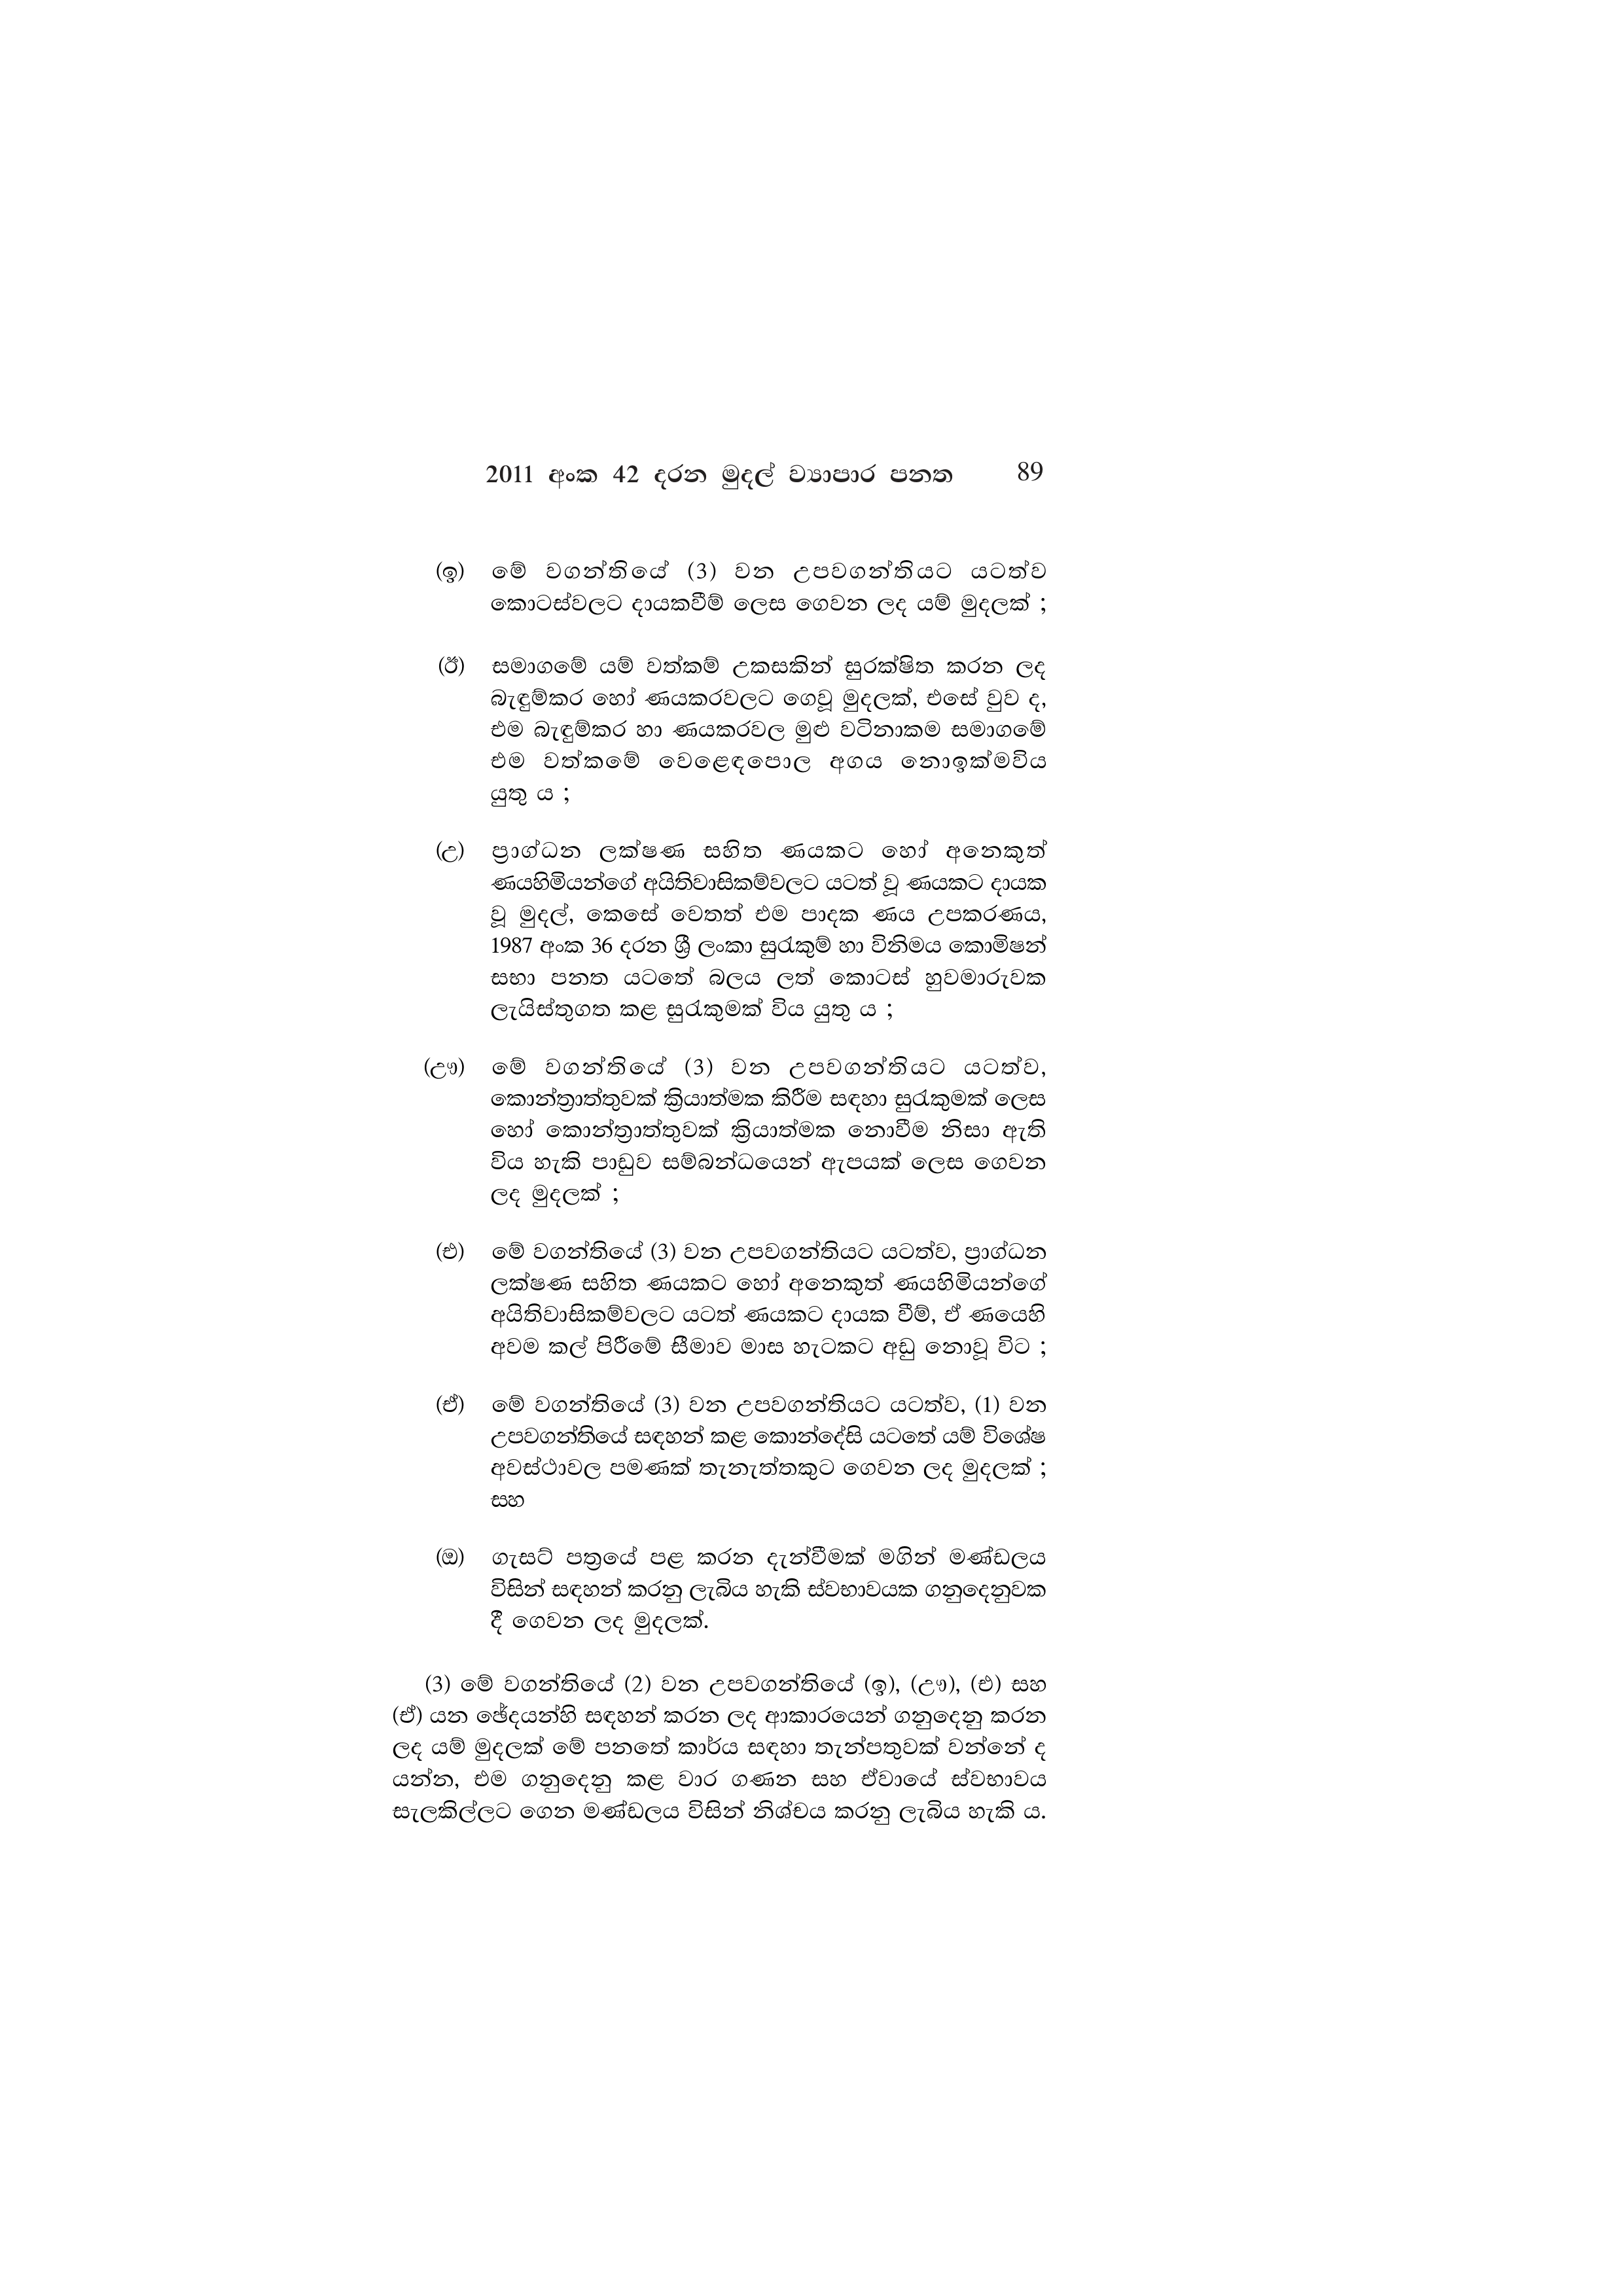
2011 අංක 42 දරන මුදල් ව්‍යාපාර පනත 89

(ඉ) මේ වගන්තියේ (3) වන උපවගන්තියට යටත්ව
කොටස්වලට දායකවීම් ලෙස ගෙවන ලද යම් මුදලක් ;

(ඊ) සමාගමේ යම් වත්කම් උකසකින් සුරක්ෂිත කරන ලද
බැඳුම්කර හෝ ණයකරවලට ගෙවූ මුදලක්, එසේ වුව ද,
එම බැඳුම්කර හා ණයකරවල මුළු වටිනාකම සමාගමේ
එම වත්කමේ වෙළෙඳපොල අගය නොඉක්මවිය
යුතු ය ;

(උ) ප්‍රාග්ධන ලක්ෂණ සහිත ණයකට හෝ අනෙකුත්
ණයහිමියන්ගේ අයිතිවාසිකම්වලට යටත් වූ ණයකට දායක
වූ මුදල්, කෙසේ වෙතත් එම පාදක ණය උපකරණය,
1987 අංක 36 දරන ශ්‍රී ලංකා සුරැකුම් හා විනිමය කොමිෂන්
සභා පනත යටතේ බලය ලත් කොටස් හුවමාරුවක
ලැයිස්තුගත කළ සුරැකුමක් විය යුතු ය ;

(ඌ) මේ වගන්තියේ (3) වන උපවගන්තියට යටත්ව,
කොන්ත්‍රාත්තුවක් ක්‍රියාත්මක කිරීම සඳහා සුරැකුමක් ලෙස
හෝ කොන්ත්‍රාත්තුවක් ක්‍රියාත්මක නොවීම නිසා ඇති
විය හැකි පාඩුව සම්බන්ධයෙන් ඇපයක් ලෙස ගෙවන
ලද මුදලක් ;

(එ) මේ වගන්තියේ (3) වන උපවගන්තියට යටත්ව, ප්‍රාග්ධන
ලක්ෂණ සහිත ණයකට හෝ අනෙකුත් ණයහිමියන්ගේ
අයිතිවාසිකම්වලට යටත් ණයකට දායක වීම්, ඒ ණයෙහි
අවම කල් පිරීමේ සීමාව මාස හැටකට අඩු නොවූ විට ;

(ඒ) මේ වගන්තියේ (3) වන උපවගන්තියට යටත්ව, (1) වන
උපවගන්තියේ සඳහන් කළ කොන්දේසි යටතේ යම් විශේෂ
අවස්ථාවල පමණක් තැනැත්තකුට ගෙවන ලද මුදලක් ;
සහ

ගැසට් පත්‍රයේ පළ කරන දැන්වීමක් මගින් මණ්ඩලය
විසින් සඳහන් කරනු ලැබිය හැකි ස්වභාවයක ගනුදෙනුවක
දී ගෙවන ලද මුදලක්.

(3) මේ වගන්තියේ (2) වන උපවගන්තියේ (ඉ), (ඌ), (එ) සහ
(ඒ) යන ඡේදයන්හි සඳහන් කරන ලද ආකාරයෙන් ගනුදෙනු කරන
ලද යම් මුදලක් මේ පනතේ කාර්ය සඳහා තැන්පතුවක් වන්නේ ද
යන්න, එම ගනුදෙනු කළ වාර ගණන සහ ඒවායේ ස්වභාවය
සැලකිල්ලට ගෙන මණ්ඩලය විසින් නිශ්චය කරනු ලැබිය හැකි ය.